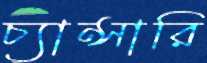
চ্যান্সারি